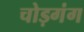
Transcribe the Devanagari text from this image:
चोड़गंग